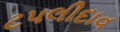
ટપલીદાવ